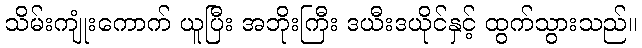
သိမ်းကျုံးကောက် ယူပြီး အဘိုးကြီး ဒယီးဒယိုင်နှင့် ထွက်သွားသည်။